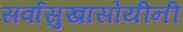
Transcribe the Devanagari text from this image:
सर्वासुखासोयीनी